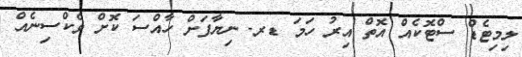
ލިމިޓެޑް ސްޓޮކެއް އޮތް އިރު ހަމަ ޑރ. ނިޔާފަށް ހާއްސަ ކޮށް ވެކްސިނެއް